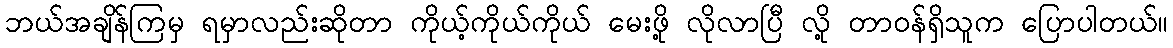
ဘယ်အချိန်ကြမှ ရမှာလည်းဆိုတာ ကိုယ့်ကိုယ်ကိုယ် မေးဖို့ လိုလာပြီ လို့ တာဝန်ရှိသူက ပြောပါတယ်။